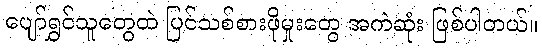
ပျော်ရွှင်သူတွေထဲ ပြင်သစ်စားဖိုမှုးတွေ အကဲဆုံး ဖြစ်ပါတယ်။